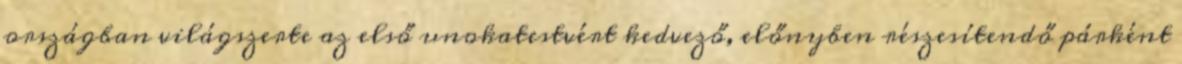
országban világszerte az első unokatestvért kedvező, előnyben részesítendő párként